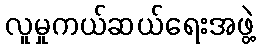
လူမှုကယ်ဆယ်ရေးအဖွဲ့